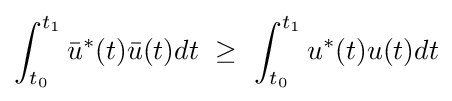
\int _{t_{0}}^{t_{1}}{\bar {u}}^{*}(t){\bar {u}}(t)dt\ \geq \ \int _{t_{0}}^{t_{1}}u^{*}(t)u(t)dt